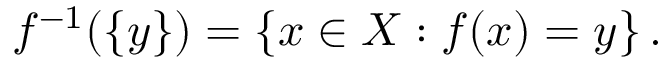
f ^ { - 1 } ( \{ y \} ) = \left\{ x \in X : f ( x ) = y \right\} .